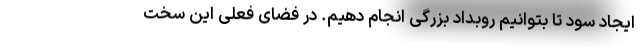
ایجاد سود تا بتوانیم روبداد بزرگی انجام دهیم. در فضای فعلی این سخت